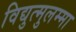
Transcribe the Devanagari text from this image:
विद्युत्मुलम्मा